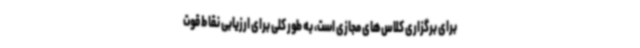
برای برگزاری کلاس‌های مجازی است، به طور کلی برای ارزیابی نقاط قوت